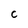
Character: C